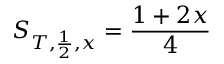
S _ { T , \frac { 1 } { 2 } , x } = \frac { 1 + 2 x } { 4 }